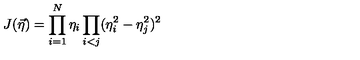
J ( \vec { \eta } ) = \prod _ { i = 1 } ^ { N } \eta _ { i } \prod _ { i < j } ( \eta _ { i } ^ { 2 } - \eta _ { j } ^ { 2 } ) ^ { 2 }